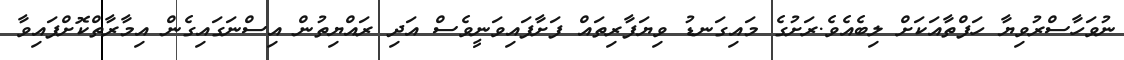
ނުވަހާސްރުވިޔާ ހަފްތާއަކަށް ލިބެއެވެ.ރަށުގެ މައިގަނޑު ވިޔަފާރިތައް ފަށާފައިވަނީވެސް އަދި ރައްޔިތުން އިސްނަގައިގެން އިމާރާތްކޮށްފައިވާ